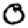
Digit: 0